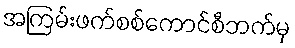
အကြမ်းဖက်စစ်ကောင်စီဘက်မှ